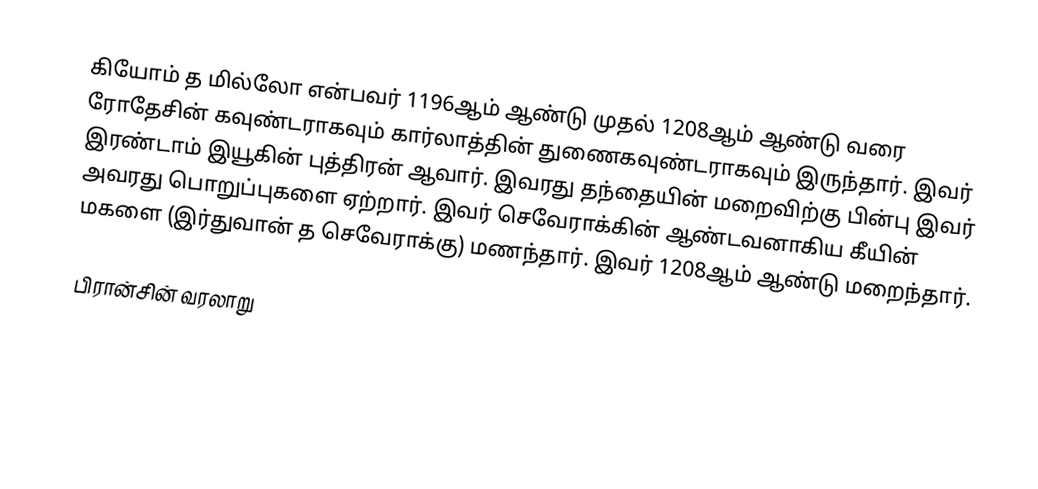
கியோம் த மில்லோ என்பவர் 1196ஆம் ஆண்டு முதல் 1208ஆம் ஆண்டு வரை ரோதேசின் கவுண்டராகவும் கார்லாத்தின் துணைகவுண்டராகவும் இருந்தார். இவர் இரண்டாம் இயூகின் புத்திரன் ஆவார். இவரது தந்தையின் மறைவிற்கு பின்பு இவர் அவரது பொறுப்புகளை ஏற்றார். இவர் செவேராக்கின் ஆண்டவனாகிய கீயின் மகளை (இர்துவான் த செவேராக்கு) மணந்தார். இவர் 1208ஆம் ஆண்டு மறைந்தார்.

பிரான்சின் வரலாறு